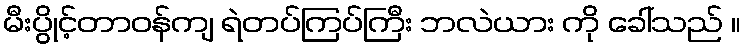
မီးပွိုင့်တာဝန်ကျ ရဲတပ်ကြပ်ကြီး ဘလဲယား ကို ခေါ်သည် ။